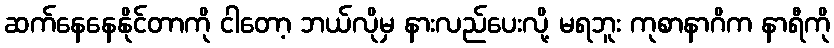
ဆက်နေနေနိုင်တာကို ငါတော့ ဘယ်လိုမှ နားလည်ပေးလို့ မရဘူး ကုစာနာဂိက နာရီကို